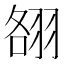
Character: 䎊